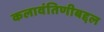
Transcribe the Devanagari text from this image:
कलावंतिणीबद्दल